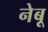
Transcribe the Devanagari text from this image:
नेबू